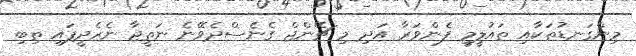
މިންގަނޑުތަކާއި ތައުލީމީ ފެންވަރާ އަދި މި ޗޭންޖް ގެނެސްދެވޭނެ ނަތީޖާ ނެރެދީފައި ތިބި